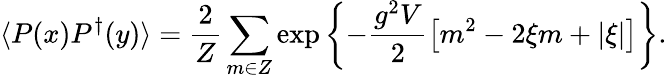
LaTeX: \langle P(x)P^{\dagger}(y)\rangle=\frac{2}{Z}\sum_{m\in Z}\exp\left\{ -\frac{g^{2}V}{2}\left[m^{2}-2\xi m+\vert\xi\vert\right]\right\} .